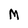
Character: M